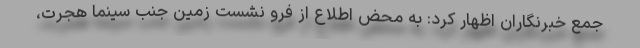
جمع خبرنگاران اظهار کرد: به محض اطلاع از فرو نشست زمین جنب سینما هجرت،